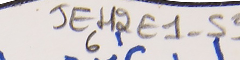
JEH2E1-596